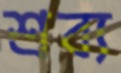
শ্রব্য